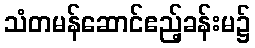
သံတမန်ဆောင်ဧည့်ခန်းမ၌